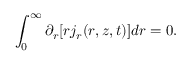
\int _ { 0 } ^ { \infty } \partial _ { r } [ r j _ { r } ( r , z , t ) ] d r = 0 .